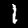
Digit: 1